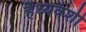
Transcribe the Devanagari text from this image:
हैध्यवंशी